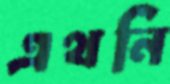
এথনি